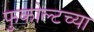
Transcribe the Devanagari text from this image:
फुकोल्टच्या